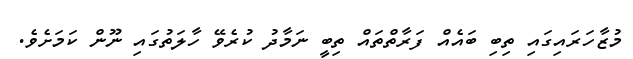
މުޒާހަރައިގައި ތިބި ބައެއް ފަރާތްތައް ތިބީ ނަމާދު ކުރެވޭ ހާލަތުގައި ނޫން ކަމަށެވެ.